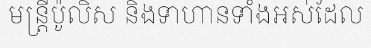
មន្ត្រីប៉ូលិស និងទាហានទាំងអស់ដែល